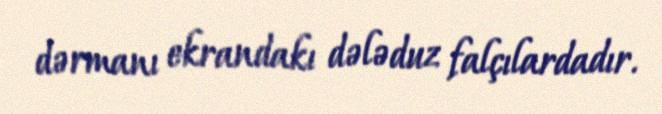
dərmanı ekrandakı dələduz falçılardadır.